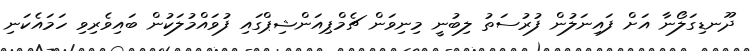
ދޫނޑިގަލޯނާ އަށް ފައިނަލުން ފުރުސަތު ލިބުނީ މިނިވަން ޗެމްޕިއަންޝިޕްގައި ފުވައްމުލަކުން ބައިވެރިވި ހަމައެކަނި